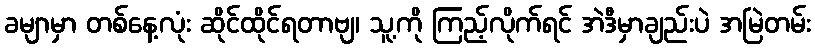
ခမျာမှာ တစ်နေ့လုံး ဆိုင်ထိုင်ရတာဗျ၊ သူ့ကို ကြည့်လိုက်ရင် အဲဒီမှာချည်းပဲ အမြဲတမ်း